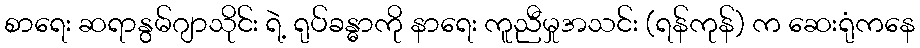
စာရေး ဆရာနွမ်ဂျာသိုင်း ရဲ့ ရုပ်ခန္ဓာကို နာရေး ကူညီမှုအသင်း (ရန်ကုန်) က ဆေးရုံကနေ